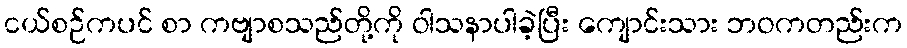
ငယ်စဉ်ကပင် စာ ကဗျာစသည်တို့ကို ဝါသနာပါခဲ့ပြီး ကျောင်းသား ဘဝကတည်းက